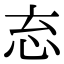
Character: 𭜘